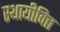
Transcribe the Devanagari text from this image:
स्थायीवित्त